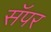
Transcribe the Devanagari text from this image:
सॅपर